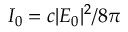
I _ { 0 } = c \lvert \boldsymbol { E _ { 0 } } \rvert ^ { 2 } / 8 \pi